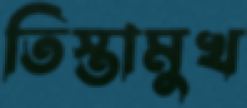
তিস্তামুখ